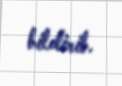
bildirib.